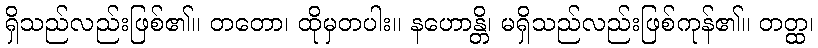
ရှိသည်လည်းဖြစ်၏။ တတော၊ ထိုမှတပါး။ နဟောန္တိ၊ မရှိသည်လည်းဖြစ်ကုန်၏။ တတ္ထ၊